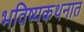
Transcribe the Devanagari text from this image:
भविष्यकथनात